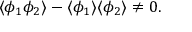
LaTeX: \langle \phi _ { 1 } \phi _ { 2 } \rangle - \langle \phi _ { 1 } \rangle \langle \phi _ { 2 } \rangle \neq 0 .